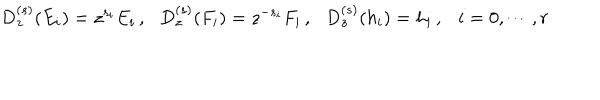
\mathrm { D } _ { z } ^ { ( s ) } ( E _ { i } ) = z ^ { s _ { i } } E _ { i } \, , \mathrm { D } _ { z } ^ { ( s ) } ( F _ { i } ) = z ^ { - s _ { i } } F _ { i } \, , \mathrm { D } _ { z } ^ { ( s ) } ( h _ { i } ) = h _ { i } \, , i = 0 , \cdots , r